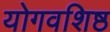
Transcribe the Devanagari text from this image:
योगवशिष्ठ